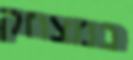
כמצחק